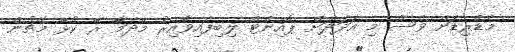
މެޑްރިޑަށް ވެސް މި އަދަދަށް ޕޮއިންޓް ލިބިފައިވާއިރު މާދަމާ ރޭ ކުޅޭ މެޗުން